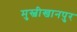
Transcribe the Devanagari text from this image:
मुस्वीखानपुर